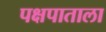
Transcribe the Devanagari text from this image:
पक्षपाताला